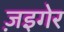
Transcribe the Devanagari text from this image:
ज़इगेर